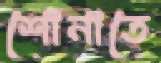
শোনাতে